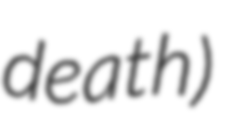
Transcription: death)